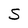
Character: S